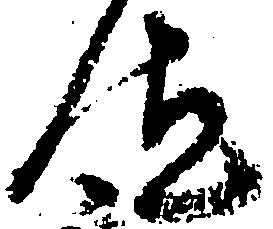
汰